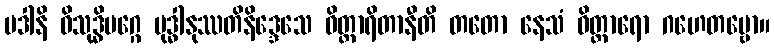
ပဒါနိ ဝိသုဒ္ဓိမဂ္ဂေ ဗုဒ္ဓါနုဿတိနိဒ္ဒေသေ ဝိတ္ထာရိတာနီတိ တတော နေသံ ဝိတ္ထာရော ဂဟေတဗ္ဗော။